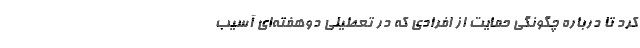
کرد تا درباره چگونگی حمایت از افرادی که در تعطیلی دوهفته‌ای آسیب